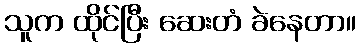
သူက ထိုင်ပြီး ဆေးတံ ခဲနေတာ။